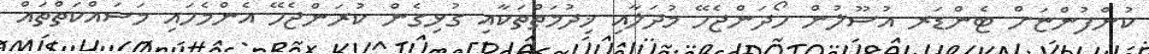
ކުންފުންޏަށް ޓެންޑަރ އުސޫލުން ހޯދަންޖެހޭ މުދަލާއި ޚިދުމަތްތަކާއި ގުޅިގެން ކުރަންޖެހޭ އެންމެހައި މަސައްކަތްތައް